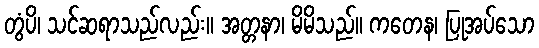
တွံပိ၊ သင်ဆရာသည်လည်း။ အတ္တနာ၊ မိမိသည်။ ကတေန၊ ပြုအပ်သော